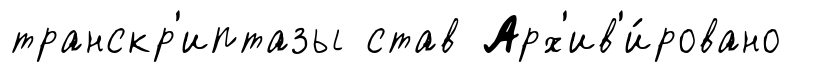
транскр'иптазы став Арх'ив'и́ровано